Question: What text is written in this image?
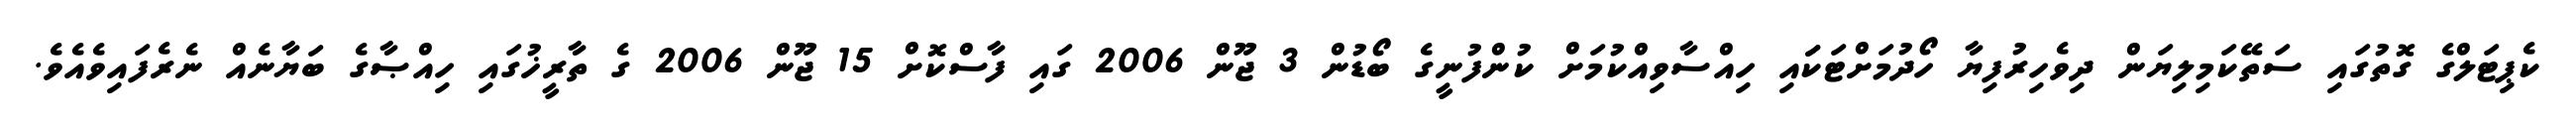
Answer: ކެޕިޓަލްގެ ގޮތުގައި ސަތޭކަމިލިޔަން ދިވެހިރުފިޔާ ހޯދުމަށްޓަކަައި ހިއްސާވިއްކުމަށް ކުންފުނީގެ ބޯޑުން 3 ޖޫން 2006 ގައި ފާސްކޮށް 15 ޖޫން 2006 ގެ ތާރީޚުގައި ހިއްޞާގެ ބަޔާނެއް ނެރެފައިވެއެވެ.